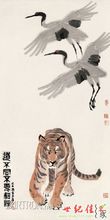
道不同，不相为谋。